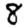
Digit: 8